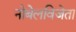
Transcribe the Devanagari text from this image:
नोबेलविजेता